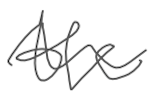
Text: the
Cross-out: wave
Writing tool: digital_gray